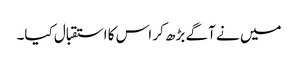
میں نے آگے بڑھ کر اس کا استقبال کیا۔